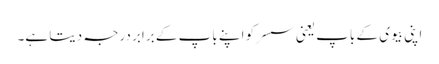
اپنی بیوی کے باپ یعنی سسر کو اپنے باپ کے برابر درجہ دیتا ہے۔